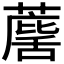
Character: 𮑷